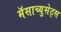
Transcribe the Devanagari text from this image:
मॅसाच्युसेट्स